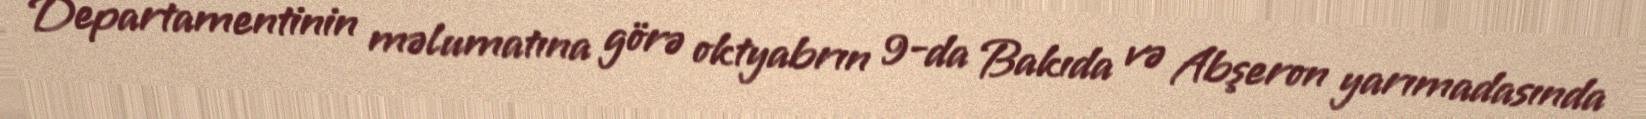
Departamentinin məlumatına görə oktyabrın 9-da Bakıda və Abşeron yarımadasında